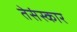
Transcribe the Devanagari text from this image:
तेसंस्कार